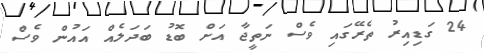
24 ގަޑިއިރު ތެރޭގައި ވެސް ނަތީޖާ އަަށް ބޮޑު ބަދަލެއް އައުން ވެސް